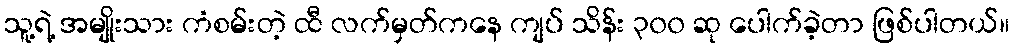
သူ့ရဲ့ အမျိုးသား ကံစမ်းတဲ့ ထီ လက်မှတ်ကနေ ကျပ် သိန်း ၃၀၀ ဆု ပေါက်ခဲ့တာ ဖြစ်ပါတယ်။